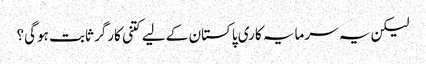
لیکن یہ سرمایہ کاری پاکستان کے لیے کتنی کارگر ثابت ہوگی؟